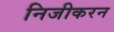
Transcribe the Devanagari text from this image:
निजीकरन